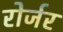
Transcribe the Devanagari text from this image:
रोर्जर